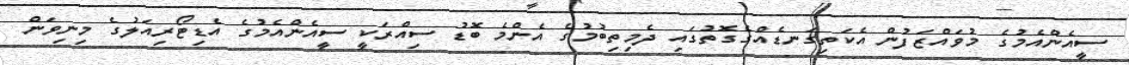
ސީއެންއެމުގެ މުވައްޒަފުން އެކަތިގަނޑެއްގެގޮތުގައި ދެމިތިބުމުގެ އެންމެ ބޮޑު ސިއްރަކީ ސީއެންއެމުގެ އެޑިޓޯރިއަލުގެ މިނިވަން